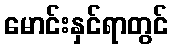
မောင်းနှင်ရာတွင်